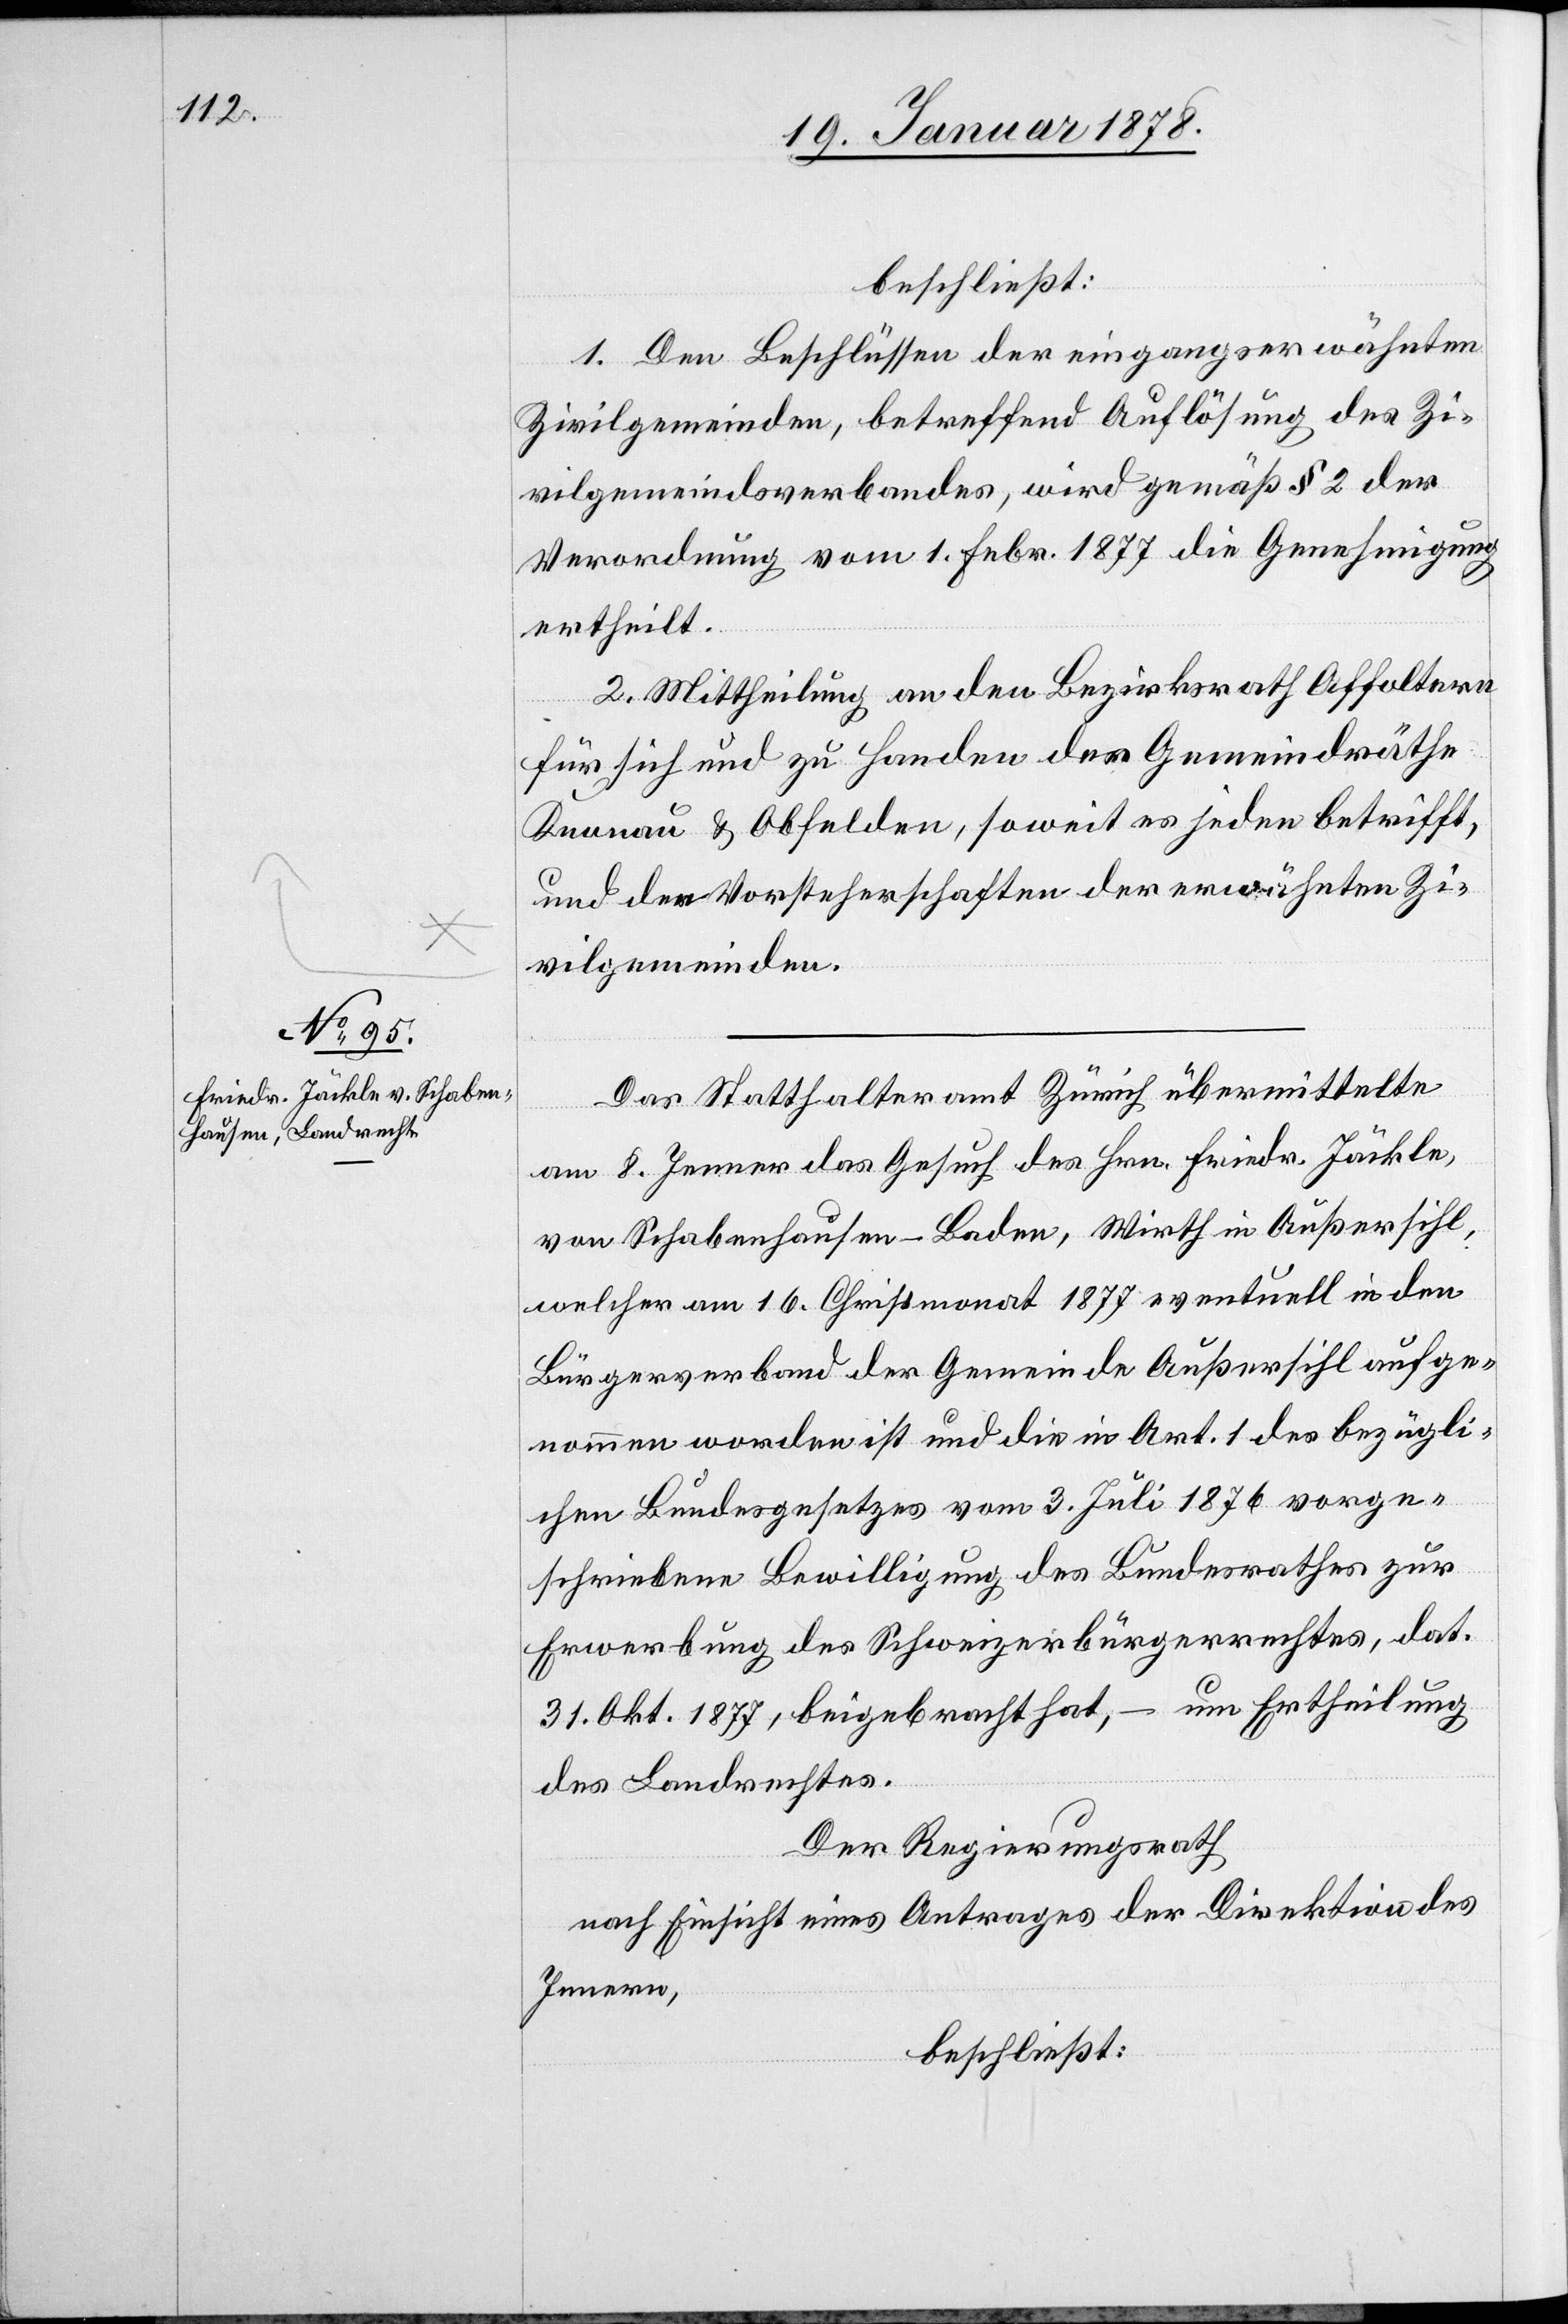
beschließt:
1. Den Beschlüssen der eingangs erwähnten
Zivilgemeinden, betreffend Auflösung des Zi¬
vilgemeindsverbandes, wird gemäß § 2 der
Verordnung vom 1. Febr. 1877 die Genehmigung
ertheilt.
2. Mittheilung an den Bezirksrath Affoltern
für sich und zu Handen der Gemeindräthe
Knonau & Obfelden, soweit es jeden betrifft,
und den Vorsteherschaften der erwähnten Zi¬
vilgemeinden.
Das Statthalteramt Zürich übermittelte
am 8. Jenner das Gesuch des Hrn. Friedr. Jäckle,
von Schabenhausen - Baden, Wirth in Außersihl,
welcher am 16. Christmonat 1877 eventuell in den
Bürgerverband der Gemeinde Außersihl aufge¬
nommen worden ist und die in Art. 1 des bezügli¬
chen Bundesgesetzes vom 3. Juli 1876 vorge¬
schriebene Bewilligung des Bundesrathes zur
Erwerbung des Schweizerbürgerrechtes, dat.
31. Okt. 1877, beigebracht hat, – um Ertheilung
des Landrechtes.
Der Regierungsrath
nach Einsicht eines Antrages der Direktion des
Innern,
beschließt: